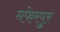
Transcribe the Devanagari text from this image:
मफेरपुर